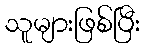
သူများဖြစ်ပြီး